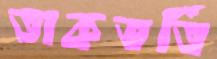
তাকভর্তি